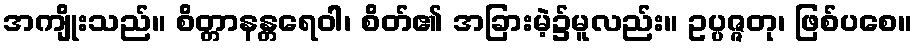
အကျိုးသည်။ စိတ္တာနန္တရေဝါ၊ စိတ်၏ အခြားမဲ့၌မူလည်း။ ဥပ္ပဇ္ဇတု၊ ဖြစ်ပစေ။